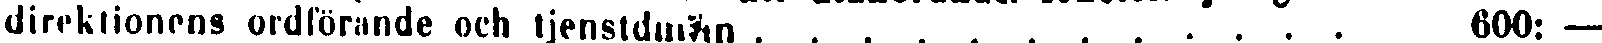
direktionens ordförande och tjenstdman . . . . . . . . . . . . 600: —